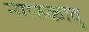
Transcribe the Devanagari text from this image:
नगरुकावु